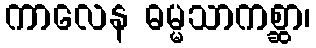
ကာလေန ဓမ္မသာကစ္ဆာ၊